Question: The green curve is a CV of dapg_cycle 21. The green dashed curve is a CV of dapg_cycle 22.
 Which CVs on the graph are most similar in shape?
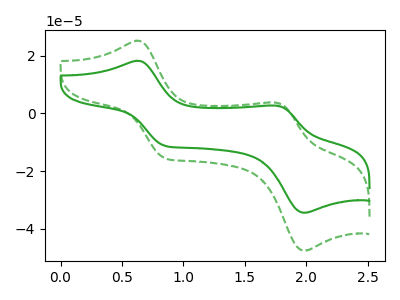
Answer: <think>The green curve "dapg_cycle 21" has anodic peaks at (0.60V, 18.25uA) (1.75V, 2.70uA) and cathodic peaks at (0.85V, -11.15uA) (2.00V, -34.50uA). The green dashed curve "dapg_cycle 22" has anodic peaks at (0.60V, 25.25uA) (1.75V, 3.75uA) and cathodic peaks at (0.85V, -15.45uA) (2.00V, -47.65uA).
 All the peaks in "dapg_cycle 21" have a peak in "dapg_cycle 22" at the same potential. Every peak in "dapg_cycle 21" is lower than every peak in "dapg_cycle 22".</think>
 <answer>"dapg_cycle 22" and "dapg_cycle 21" have the same shape and are likely CV's of the same chemical.</answer>
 <eval>"dapg_cycle 22" "dapg_cycle 21"</eval>